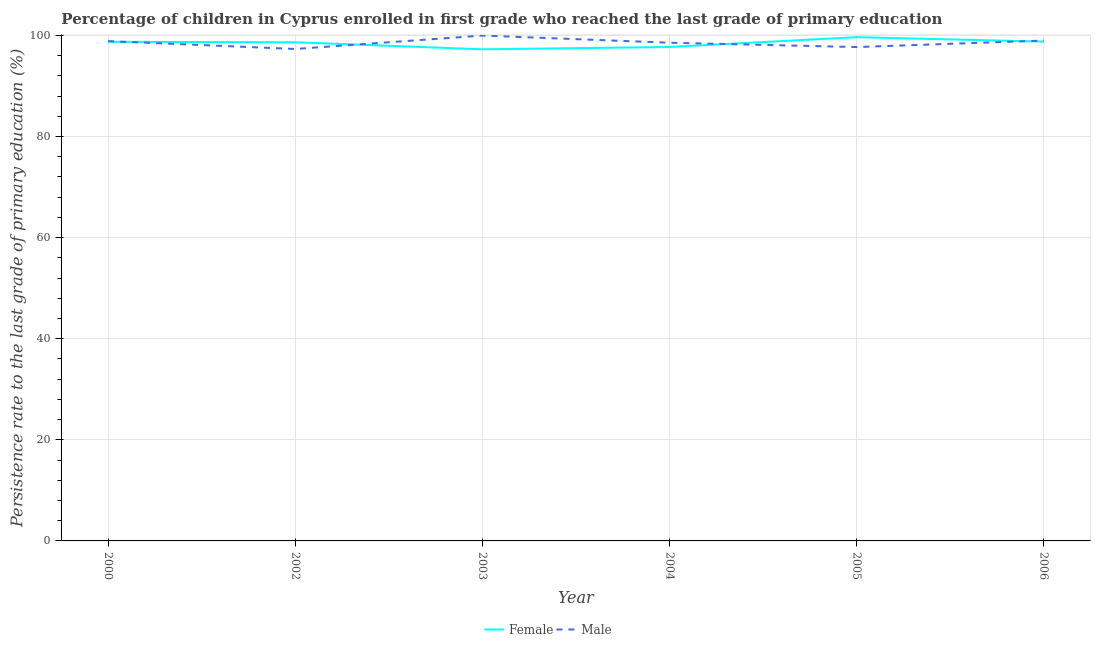
| Year | Female | Male |
 | --- | --- | --- |
 | 2000 | 98.7 | 98.9 |
 | 2002 | 98.6 | 97.3 |
 | 2003 | 97.3 | 100 |
 | 2004 | 97.7 | 98.6 |
 | 2005 | 99.7 | 97.7 |
 | 2006 | 98.8 | 99 |